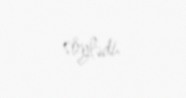
söylədi.